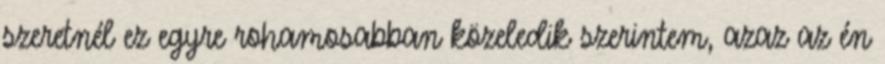
szeretnél ez egyre rohamosabban közeledik szerintem, azaz az én